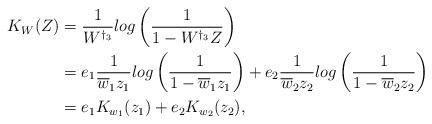
LaTeX: \begin{align*} K_W(Z)&=\frac{1}{W^{\dagger_3}}log\left(\frac{1}{1-W^{\dagger_3}Z}\right)\\\ &=e_1\frac{1}{\overline{w}_1z_1}log\left(\frac{1}{1-\overline{w}_1z_1}\right)+e_2\frac{1}{\overline{w}_2z_2}log\left(\frac{1}{1-\overline{w}_2z_2}\right)\\ &=e_1K_{w_1}(z_1)+e_2K_{w_2}(z_2), \end{align*}